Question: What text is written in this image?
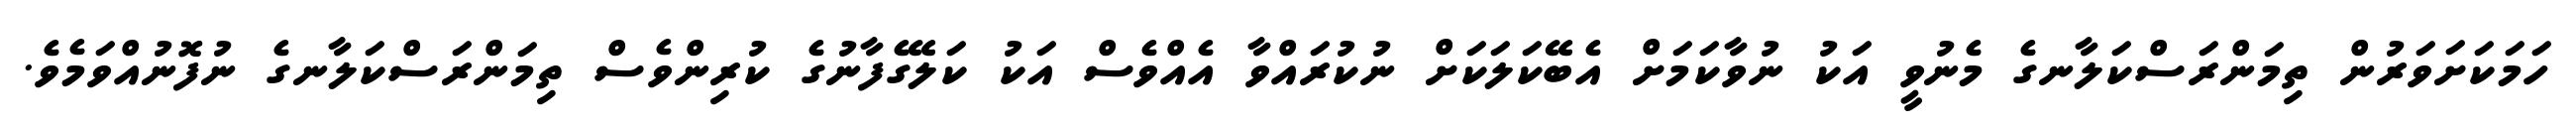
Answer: ހަމަކަށަވަރުން ތިމަންރަސްކަލާނގެ މެނުވީ އަކު ނުވާކަމަށް އެބޭކަލަކަށް ނުކުރައްވާ އެއްވެސް އަކު ކަލޭގެފާނުގެ ކުރިންވެސް ތިމަންރަސްކަލާނގެ ނުފޮނުއްވަމެވެ.